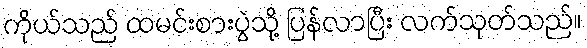
ကိုယ်သည် ထမင်းစားပွဲသို့ ပြန်လာပြီး လက်သုတ်သည်။